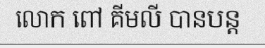
លោក ពៅ គីមលី បានបន្ត